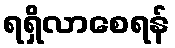
ရရှိလာစေရန်